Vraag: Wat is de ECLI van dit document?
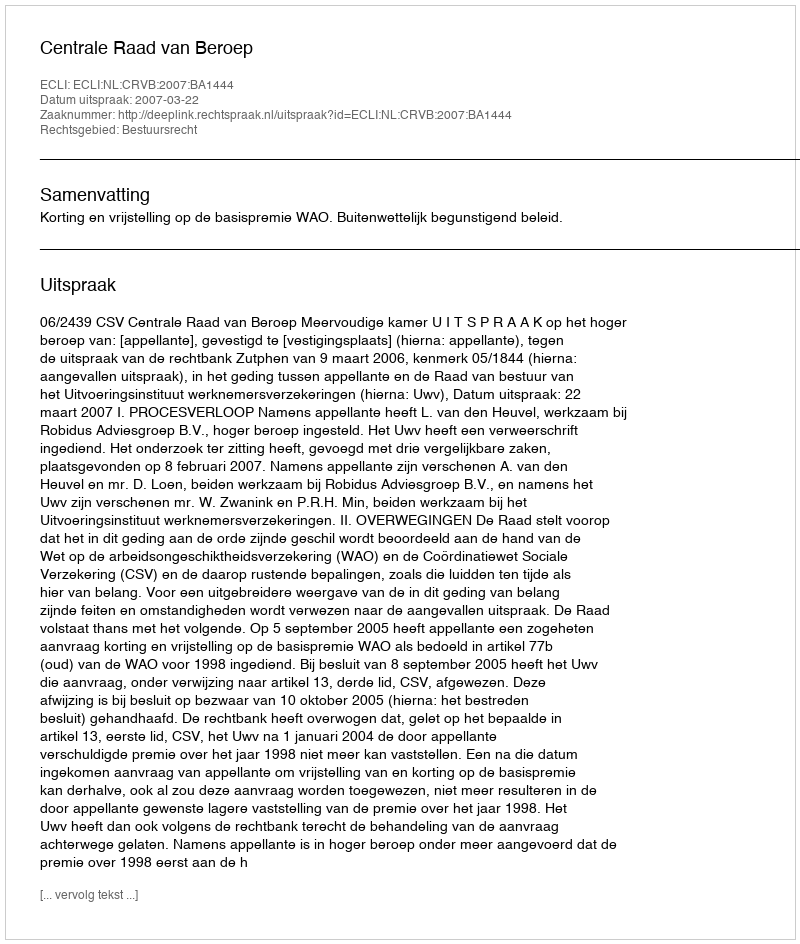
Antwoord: ECLI:NL:CRVB:2007:BA1444